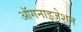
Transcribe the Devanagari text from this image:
ऑगनाइजेशन